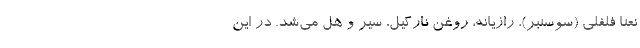
نعنا فلفلی (سوسنبر)، رازیانه، روغن نارگیل، سیر و هِل می‌شد. در این